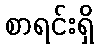
စာရင်းရှိ